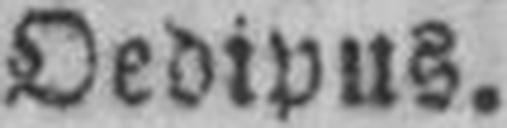
Oedipus.